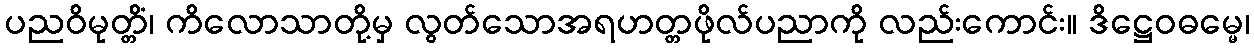
ပညဝိမုတ္တိံ၊ ကိလောသာတို့မှ လွတ်သောအရဟတ္တဖိုလ်ပညာကို လည်းကောင်း။ ဒိဋ္ဌေဝဓမ္မေ၊